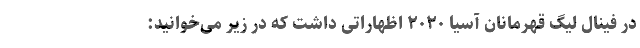
در فینال لیگ قهرمانان آسیا ۲۰۲۰ اظهاراتی داشت که در زیر می‌خوانید: